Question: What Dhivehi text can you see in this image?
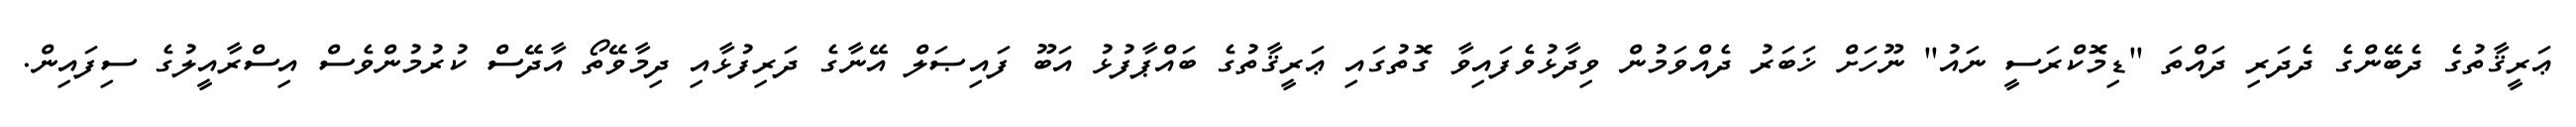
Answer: ޢަރީޤާތުގެ ދެބޭންގެ ދެދަރި ދައްތަ "ޑިމޮކްރަސީ ނައު" ނޫހަށް ޚަބަރު ދެއްވަމުން ވިދާޅުވެފައިވާ ގޮތުގައި ޢަރީޤާތުގެ ބައްޕާފުޅު އަބޫ ފައިޞަލް އޭނާގެ ދަރިފުޅާއި ދިމާވޭތޯ އާދޭސް ކުރުމުންވެސް އިސްރާއީލުގެ ސިފައިން.